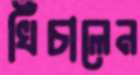
খিঁচালেন